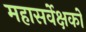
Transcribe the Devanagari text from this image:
महासर्वेक्षकों